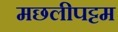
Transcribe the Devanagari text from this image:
मछलीपट्टम